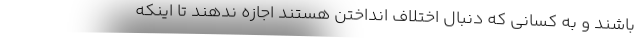
باشند و به کسانی که دنبال اختلاف انداختن هستند اجازه ندهند تا اینکه